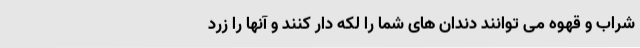
شراب و قهوه می توانند دندان های شما را لکه دار کنند و آنها را زرد